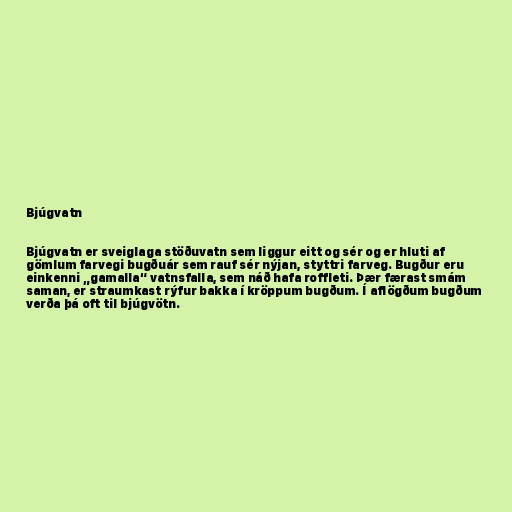
Bjúgvatn

Bjúgvatn er sveiglaga stöðuvatn sem liggur eitt og sér og er hluti af
gömlum farvegi bugðuár sem rauf sér nýjan, styttri farveg. Bugður eru
einkenni „gamalla“ vatnsfalla, sem náð hafa roffleti. Þær færast smám
saman, er straumkast rýfur bakka í kröppum bugðum. Í aflögðum bugðum
verða þá oft til bjúgvötn.